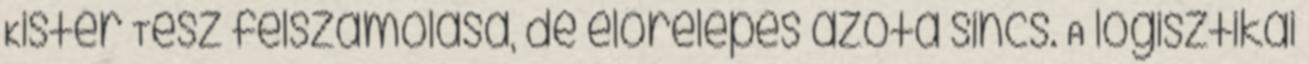
Kistér Tész felszámolása, de előrelépés azóta sincs. A logisztikai